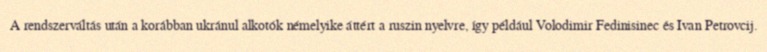
A rendszerváltás után a korábban ukránul alkotók némelyike áttért a ruszin nyelvre, így például Volodimir Fedinisinec és Ivan Petrovcij.